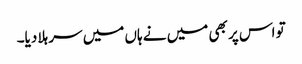
تو اس پر بھی میں نے ہاں میں سر ہلا دیا۔